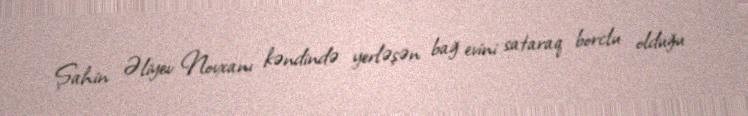
Şahin Əliyev Novxanı kəndində yerləşən bağ evini sataraq borclu olduğu